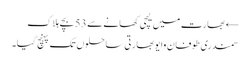
← بھارت میں لیچی کھانے سے 53 بچے ہلاک
سمندری طوفان وایو بھارتی ساحلوں تک پہنچ گیا۔